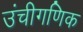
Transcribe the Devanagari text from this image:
उंचीगणिक